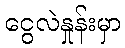
ငွေလဲနှုန်းမှာ